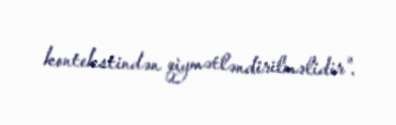
kontekstindən qiymətləndirilməlidir”.